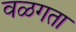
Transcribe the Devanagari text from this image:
वळगता